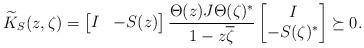
LaTeX: \begin{align*} \widetilde{K}_S(z,\zeta)=\begin{bmatrix}I & -S(z)\end{bmatrix}\frac{\Theta(z)J\Theta(\zeta)^*}{1-z\overline{\zeta}}\begin{bmatrix}I \\ -S(\zeta)^*\end{bmatrix}\succeq 0.\end{align*}